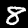
Digit: 8